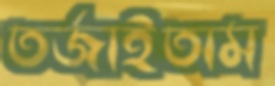
তর্জাইতাম